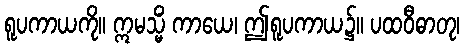
ရူပကာယကို။ ဣမသ္မိံ ကာယေ၊ ဤရူပကာယ၌။ ပထဝီဓာတု၊